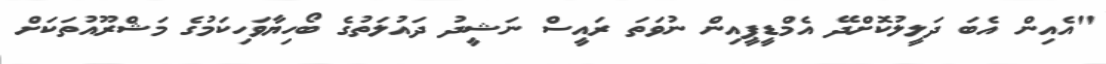
"އެއިން އެބަ ދަލީލުކޮށްދޭ އެމްޑީޕީއިން ނުވަތަ ރައީސް ނަޝީދު ދައުލަތުގެ ބޯހިޔާވަހިކަމުގެ މަޝްރޫއުތަކަށް